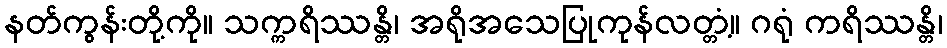
နတ်ကွန်းတို့ကို။ သက္ကရိဿန္တိ၊ အရိုအသေပြုကုန်လတ္တံ့။ ဂရုံ ကရိဿန္တိ၊